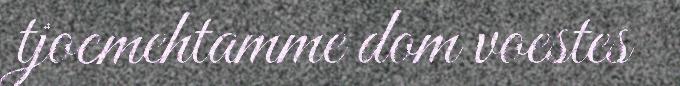
tjoemehtamme dom voestes